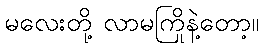
မလေးတို့ လာမကြိုနဲ့တော့။